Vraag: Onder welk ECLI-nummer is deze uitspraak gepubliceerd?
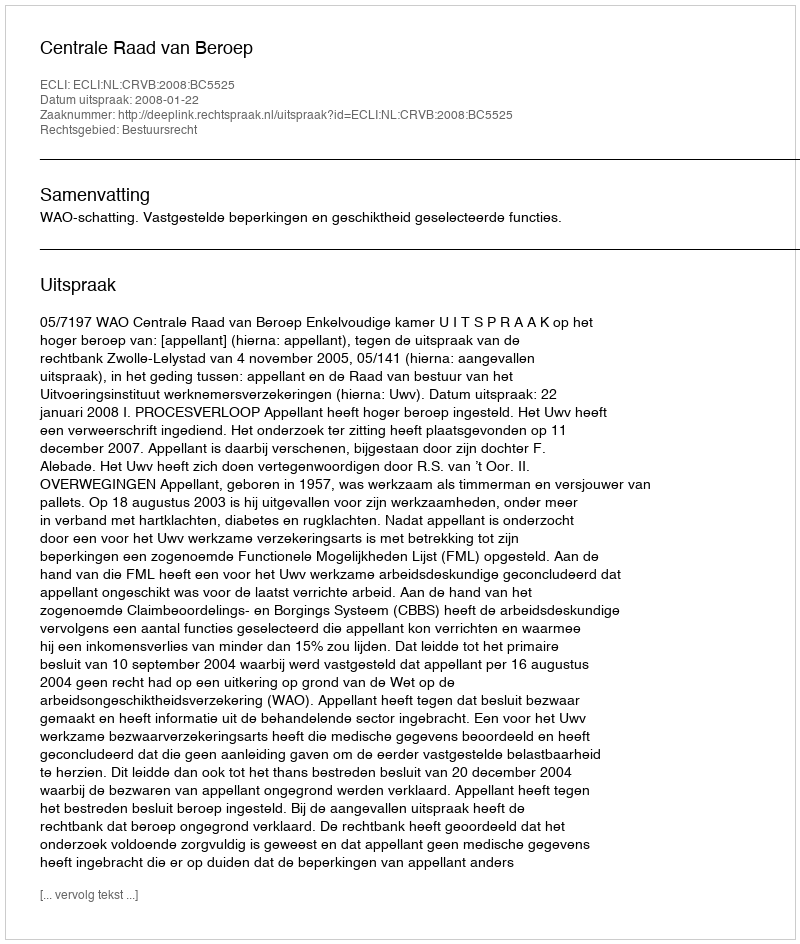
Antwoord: ECLI:NL:CRVB:2008:BC5525